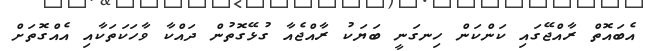
އެބައޮތް ރާއްޖޭގައި ކަންކަން ހިނގަނީ ބަޔަކު ރާއްޖެއާ ގުޅޭގޮތުން ދައްކާ ވާހަކަތަކާއި އެއްގޮތަށް